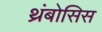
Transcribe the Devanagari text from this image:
थ्रंबोसिस